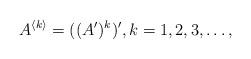
LaTeX: \begin{align*}A^{\langle k \rangle} = ((A')^k)', k = 1,2,3, \ldots,\end{align*}